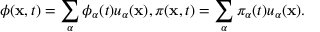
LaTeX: \phi ( { \bf x } , t ) = \sum _ { \alpha } \phi _ { \alpha } ( t ) u _ { \alpha } ( { \bf x } ) , \pi ( { \bf x } , t ) = \sum _ { \alpha } \pi _ { \alpha } ( t ) u _ { \alpha } ( { \bf x } ) .